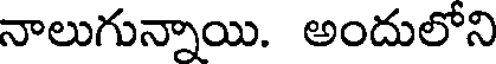
నాలుగున్నాయి. అందులోని